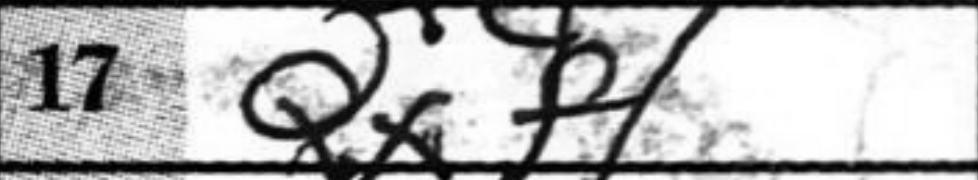
Transcription: Qxf1